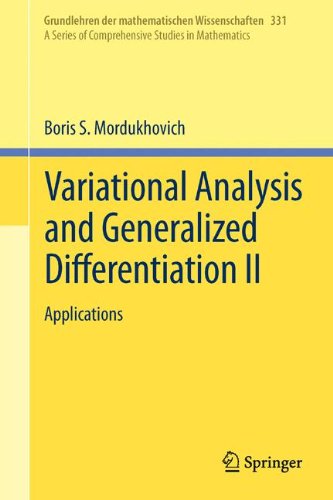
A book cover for Variational Analysis and Generalized Differentiation II: Applications (Grundlehren der mathematischen Wissenschaften) (v. 2); Boris S. Mordukhovich; Science & Math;